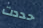
حددت